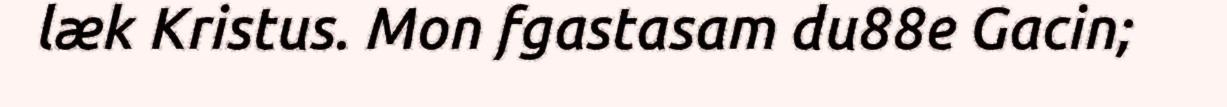
læk Kristus. Mon fgastasam du88e Gacin;